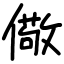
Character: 儆